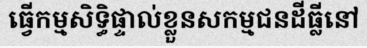
ធ្វើកម្មសិទ្ធិផ្ទាល់ខ្លួនសកម្មជនដីធ្លីនៅ